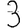
Digit: 3